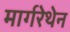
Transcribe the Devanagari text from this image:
मार्गरेथेन